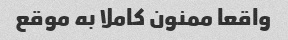
واقعا ممنون کاملا به موقع